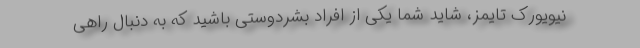
نیویورک تایمز، شاید شما یکی از افراد بشردوستی باشید که به دنبال راهی